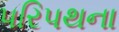
પરિપથના